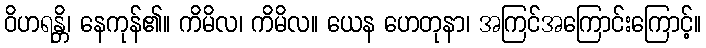
ဝိဟရန္တိ၊ နေကုန်၏။ ကိမိလ၊ ကိမိလ။ ယေန ဟေတုနာ၊ အကြင်အကြောင်းကြောင့်။